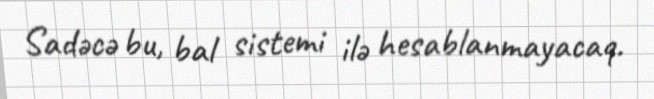
Sadəcə bu, bal sistemi ilə hesablanmayacaq.